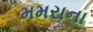
મમરાના